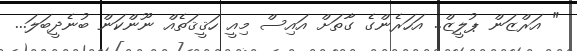
" އަރްޒަން ޕުލީޒް.. އަހަރެންގެ ގާތަށް އައިސް މިއީ ހަޤީޤަތެއް ނޫންކަން ބުނެދީބަލަ...